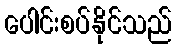
ပေါင်းစပ်နိုင်သည်